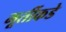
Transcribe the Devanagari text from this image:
मूर्तीकडे